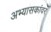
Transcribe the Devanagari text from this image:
अभ्यासकांवर